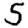
Digit: 5